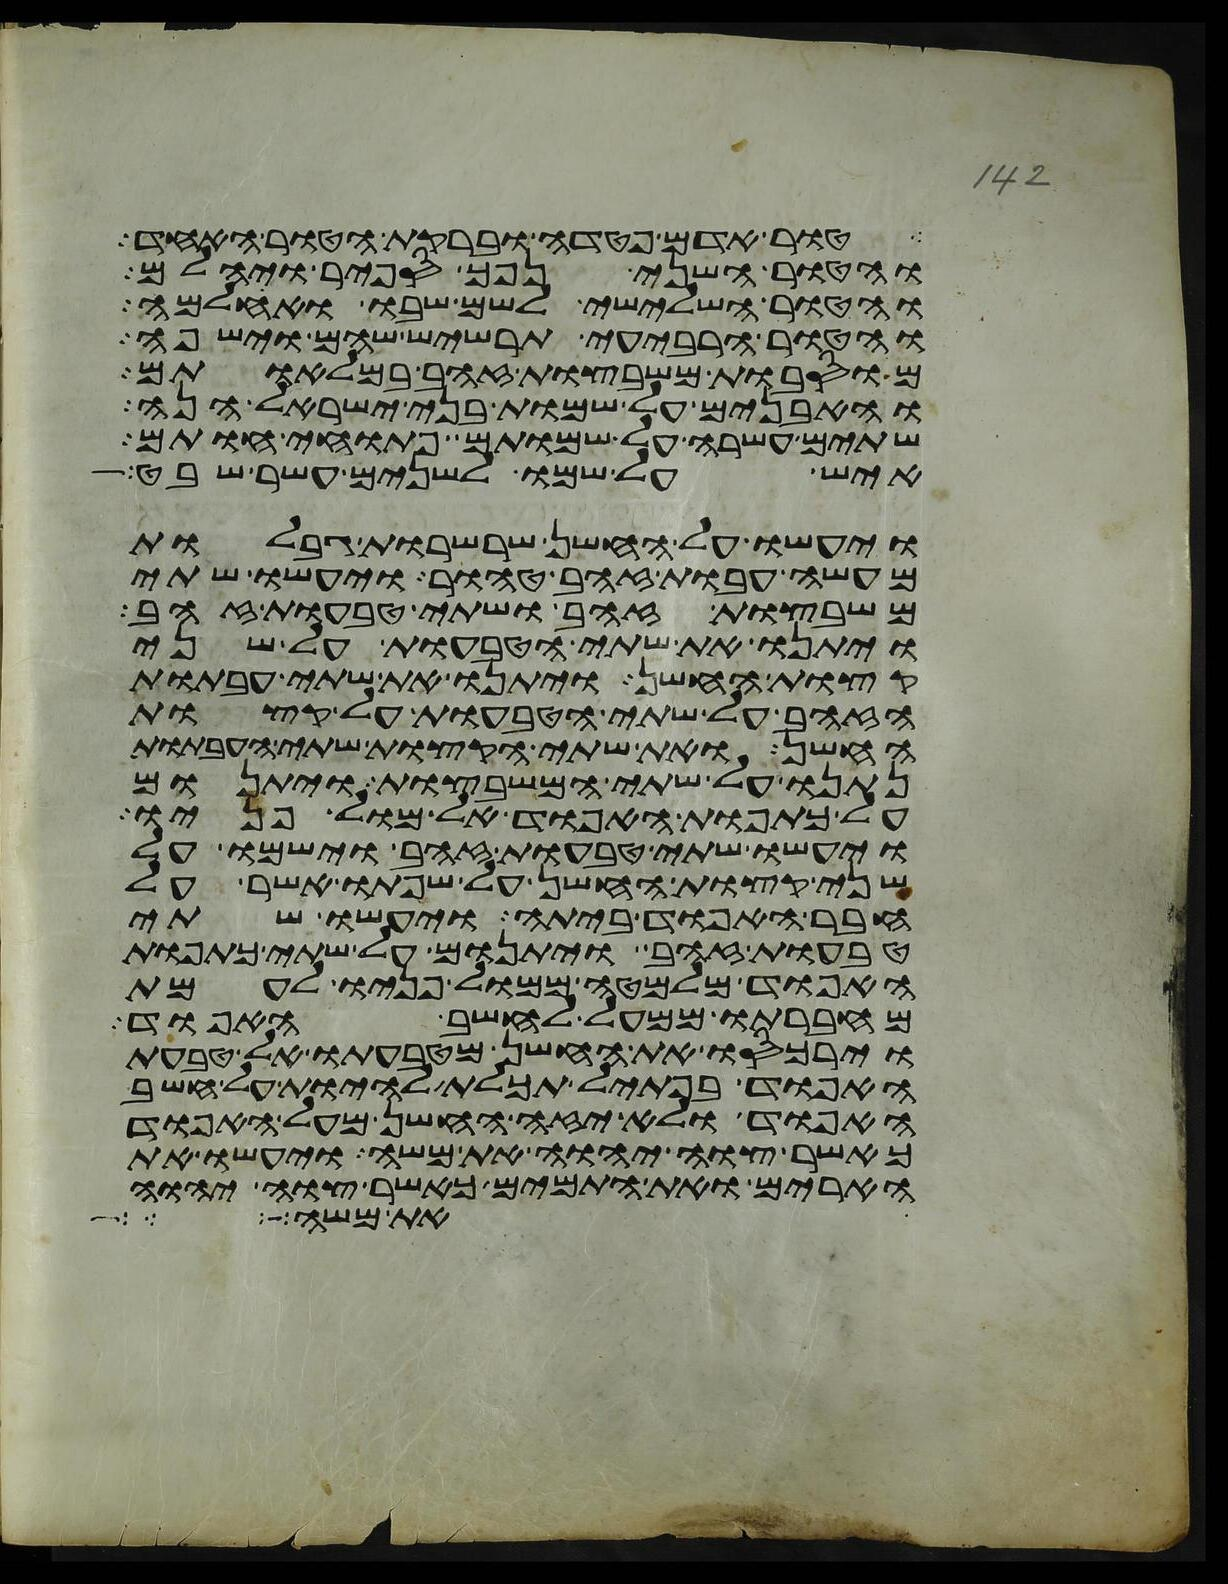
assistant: טור אדם פטדה וברקת הטור האחד
והטור השני נפך ספיר ויהלם
והטור השלישי לשם שבו ואחלמה
והטור הרביעי תרשיש שהם וישפה
מוסבות משבצות זהב במלאותם
והאבנים על שמות בני ישראל הנה
שתים עשרה על שמותם פתוחי חותם
איש על שמו לשנים עשר שבט
ויעשו על החשן שרשרות גבלות
מעשה עבות זהב טהור ויעשו שתי
משבצות זהב ושתי טבעות זהב
ויתנו את שתי הטבעות על שני
קצות החשן ויתנו את שתי העבתות
הזהב על שתי הטבעות על קצות
החשן ואת שתי הקצות שתי העבתות
נתנו על שתי המשבצות ויתנום
על כתפות האפוד אל מול פניו
ויעשו שתי טבעות זהב וישמו על
שני קצות החשן על שפתו אשר על
חבר האפוד ביתה ויעשו שתי
טבעות זהב ויתנום על שתי כתפות
האפוד מלמטה ממול פניו לעמת
מחברתו ממעל לחשב האפוד
וירכסו את החשן מטבעתו אל טבעת
האפוד בפתיל תכלת להיות על חשב
האפוד ולא יזה החשן מעל האפוד
כאשר צוה יהוה את משה ויעשו את
הארים ואת התמים כאשר צוה יהוה
את משה